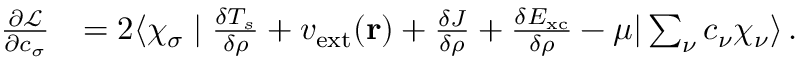
\begin{array} { r l } { \frac { \partial \mathcal { L } } { \partial c _ { \sigma } } } & { = 2 \langle \chi _ { \sigma } \mid \frac { \delta T _ { s } } { \delta \rho } + v _ { \mathrm { e x t } } ( \mathbf { r } ) + \frac { \delta J } { \delta \rho } + \frac { \delta E _ { \mathrm { x c } } } { \delta \rho } - \mu | \sum _ { \nu } c _ { \nu } \chi _ { \nu } \rangle \, . } \end{array}